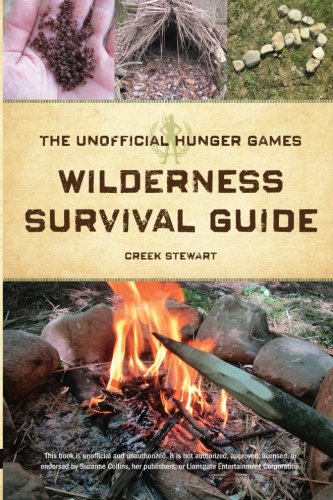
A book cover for The Unofficial Hunger Games Wilderness Survival Guide; Creek Stewart; Arts & Photography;